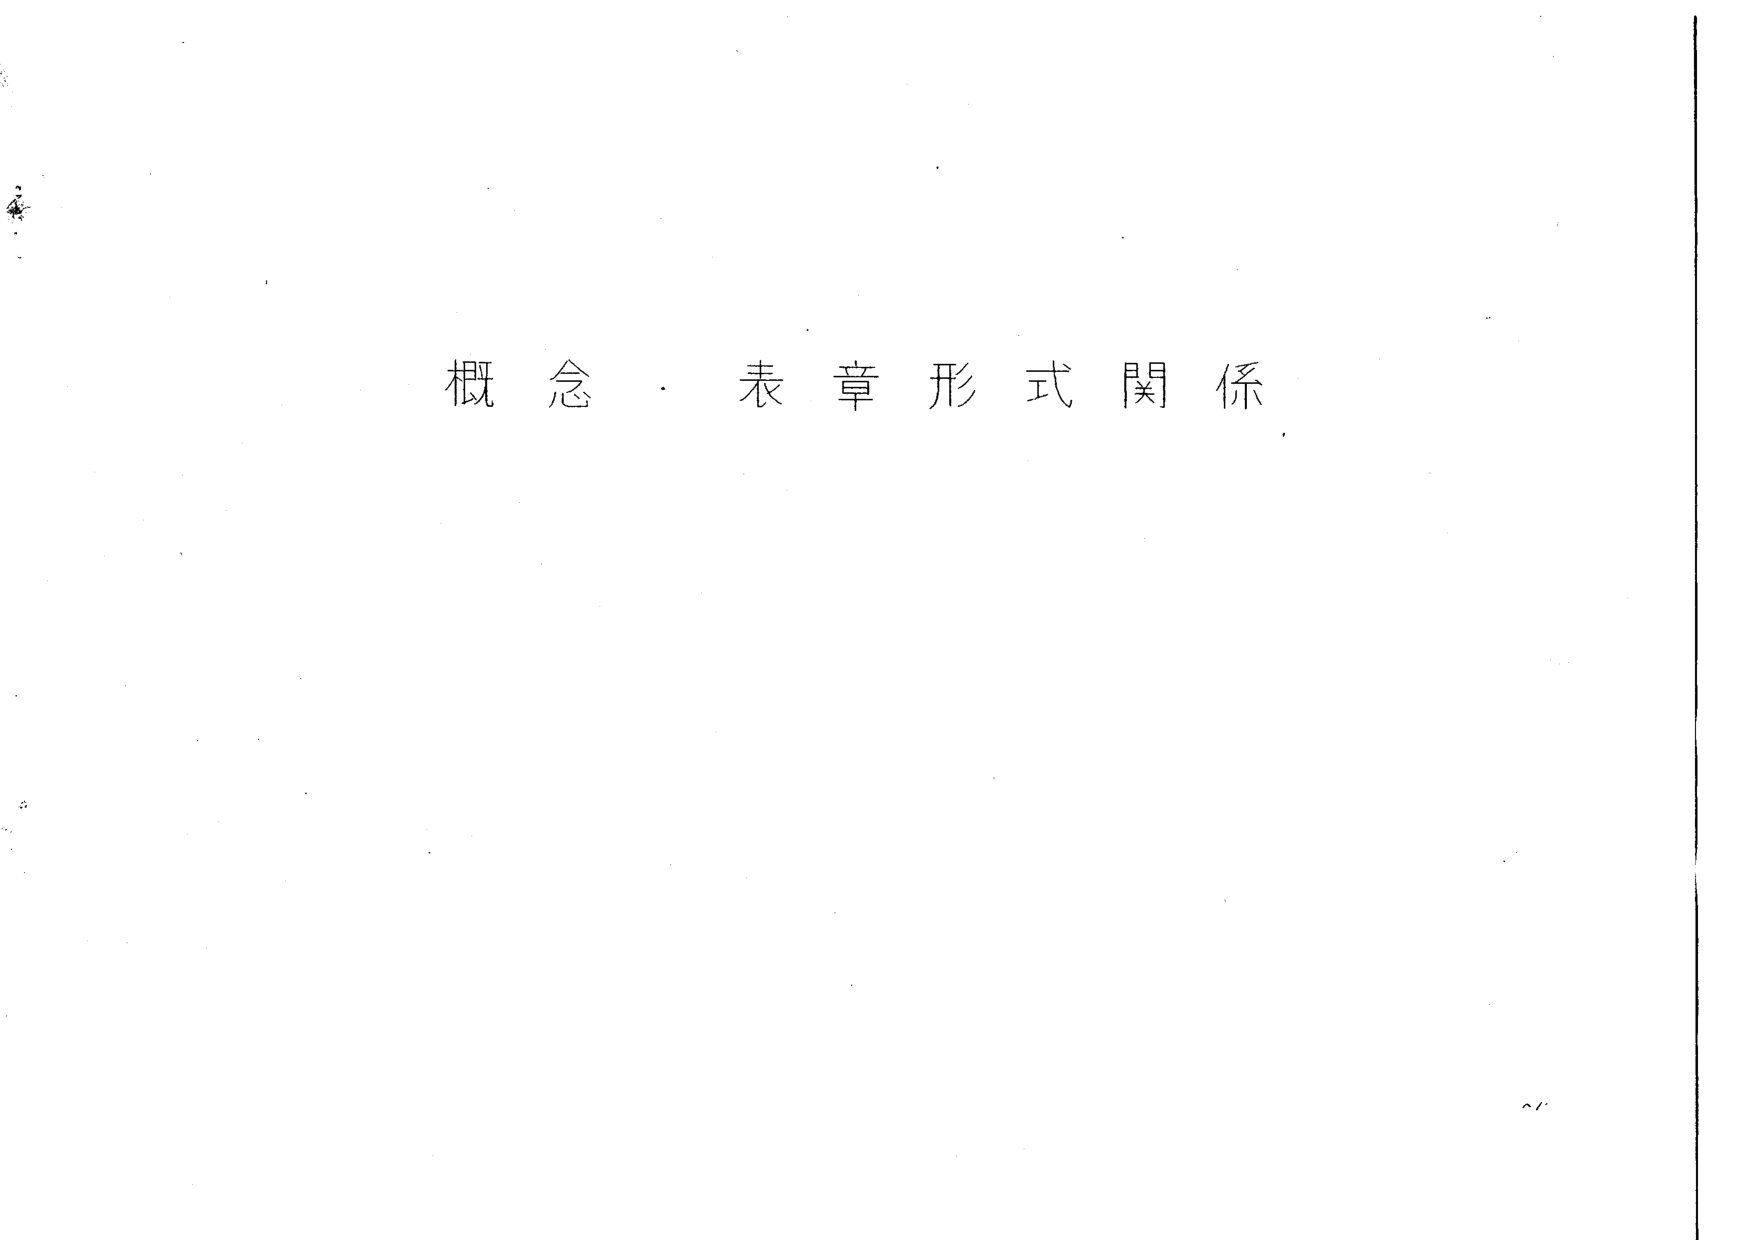
概念・表章形式関係